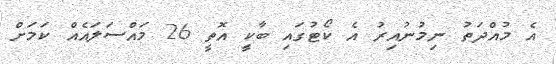
އެ މުއްދަތު ނިމުނުއިރު އެ ކޯޓުގައި ބާކީ އޮތީ 26 މައްސަލައެއް ކަމަށް